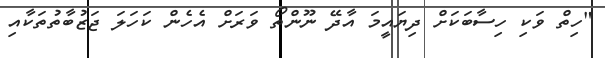
"ހިތް ވަކި ހިސާބަކަށް ދިޔައީމަ އާދޭ ނޫންތޯ ވަރަށް އެހެން ކަހަލަ ޖަޒުބާތުތަކާއި